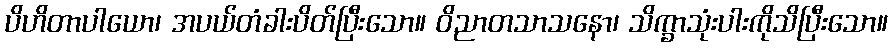
ပိဟိတာပါယော၊ အပယ်တံခါးပိတ်ပြီးသော။ ဝိညာတသာသနော၊ သိက္ခာသုံးပါးကိုသိပြီးသော။